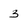
Character: 3